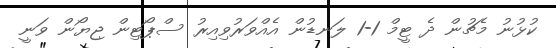
ކުޅުނު މެޗުން ދެ ޓީމް 1-1 ލަނޑުން އެއްވަރުވިއިރު ސްޕޯޓިން ޖިޔޯން ވަނީ